Annual administration and progress report of the Indian Medical Department, Bombay
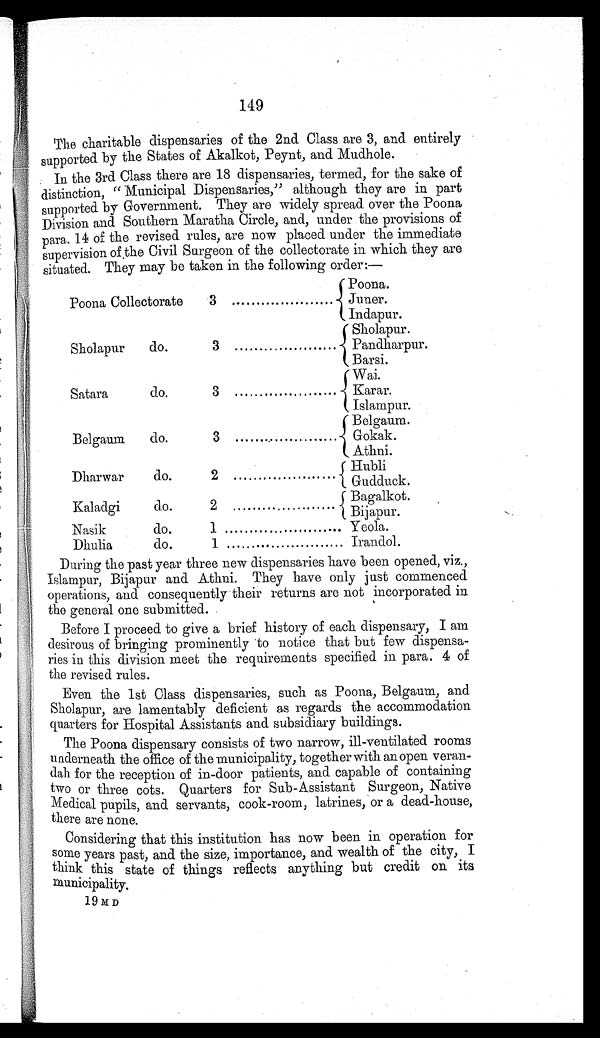
149
The charitable dispensaries of the 2nd Class are 3, and entirely
supported by the States of Akalkot, Peynt, and Mudhole.
In the 3rd Class there are 18 dispensaries, termed, for the sake of
distinction, " Municipal Dispensaries," although they are in part
supported by Government. They are widely spread over the Poona
Division and Southern Maratha Circle, and, under the provisions of
para. 14 of the revised rules, are now placed under the immediate
supervision of the Civil Surgeon of the collectorate in which they are
situated. They may be taken in the following order:—
Poona Collectorate
3
Poona.
Juner.
Indapur.
Sholapur
do.
3
Sholapur.
Pandharpur.
Barsi.
Satara
do.
3
Wai.
Karar.
Islampur.
Belgaum
do.
3
Belgaum.
Gokak.
Athni.
Dharwar
do.
2
Hubli
Gudduck.
Kaladgi
do.
2
Bagalkot.
Bijapur.
Nasik
do.
1 ............................... Yeola.
Dhulia
do.
1
............................. Irandol.
During the past year three new dispensaries have been opened, viz.,
Islampur, Bijapur and Athni. They have only just commenced
operations, and consequently their returns are not incorporated in
the general one submitted.
Before I proceed to give a brief history of each dispensary, I am
desirous of bringing prominently to notice that but few dispensa-
ries in this division meet the requirements specified in para. 4 of
the revised rules.
Even the 1st Class dispensaries, such as Poona, Belgaum, and
Sholapur, are lamentably deficient as regards the accommodation
quarters for Hospital Assistants and subsidiary buildings.
The Poona dispensary consists of two narrow, ill-ventilated rooms
underneath the office of the municipality, together with an open veran-
dah for the reception of in-door patients, and capable of containing
two or three cots. Quarters for Sub-Assistant Surgeon, Native
Medical pupils, and servants, cook-room, latrines, or a dead-house,
there are none.
Considering that this institution has now been in operation for
some years past, and the size, importance, and wealth of the city, I
think this state of things reflects anything but credit on its
municipality.
19 M D